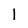
Character: l